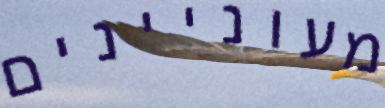
מעוניינים